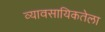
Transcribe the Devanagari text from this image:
व्यावसायिकतेला